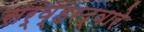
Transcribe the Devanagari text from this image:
सर्व्हरद्वारे